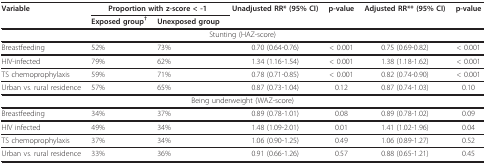
<table><thead><tr><td><b>Variable</b></td><td colspan="2"><b>Proportion with z-score &lt; -1</b></td><td><b>Unadjusted RR* (95% CI)</b></td><td><b>p-value</b></td><td><b>Adjusted RR** (95% CI)</b></td><td><b>p-value</b></td></tr><tr><td></td><td><b>Exposed group<sup>†</sup></b></td><td><b>Unexposed group</b></td><td></td><td></td><td></td><td></td></tr></thead><tbody><tr><td colspan="7">Stunting (HAZ-score)</td></tr><tr><td>Breastfeeding</td><td>52%</td><td>73%</td><td>0.70 (0.64-0.76)</td><td>&lt; 0.001</td><td>0.75 (0.69-0.82)</td><td>&lt; 0.001</td></tr><tr><td>HIV-infected</td><td>79%</td><td>62%</td><td>1.34 (1.16-1.54)</td><td>&lt; 0.001</td><td>1.38 (1.18-1.62)</td><td>&lt; 0.001</td></tr><tr><td>TS chemoprophylaxis</td><td>59%</td><td>71%</td><td>0.78 (0.71-0.85)</td><td>&lt; 0.001</td><td>0.82 (0.74-0.90)</td><td>&lt; 0.001</td></tr><tr><td>Urban vs. rural residence</td><td>57%</td><td>65%</td><td>0.87 (0.73-1.04)</td><td>0.12</td><td>0.87 (0.74-1.03)</td><td>0.10</td></tr><tr><td colspan="7">Being underweight (WAZ-score)</td></tr><tr><td>Breastfeeding</td><td>34%</td><td>37%</td><td>0.89 (0.78-1.01)</td><td>0.08</td><td>0.89 (0.78-1.02)</td><td>0.09</td></tr><tr><td>HIV infected</td><td>49%</td><td>34%</td><td>1.48 (1.09-2.01)</td><td>0.01</td><td>1.41 (1.02-1.96)</td><td>0.04</td></tr><tr><td>TS chemoprophylaxis</td><td>37%</td><td>34%</td><td>1.06 (0.90-1.25)</td><td>0.49</td><td>1.06 (0.89-1.27)</td><td>0.52</td></tr><tr><td>Urban vs. rural residence</td><td>33%</td><td>36%</td><td>0.91 (0.66-1.26)</td><td>0.57</td><td>0.88 (0.65-1.21)</td><td>0.45</td></tr></tbody></table>